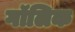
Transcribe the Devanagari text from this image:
गॉलिक